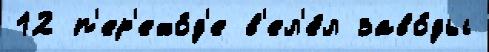
12 п'ер'ехо́д'е в'ел'е́л заво́ды